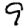
Digit: 9